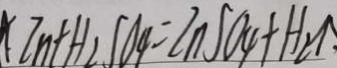
Z n + H _ { 2 } S O _ { 4 } = Z n S O _ { 4 } + H _ { 2 } \uparrow